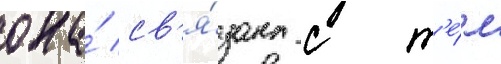
она́ св'я́зана с т'е́м